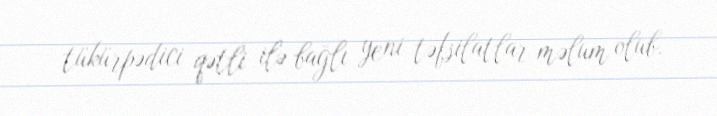
tükürpədici qətli ilə bağlı yeni təfsilatlar məlum olub.